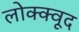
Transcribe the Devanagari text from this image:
लोक्क्वूद